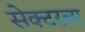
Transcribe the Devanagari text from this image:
सेक्‍टरला